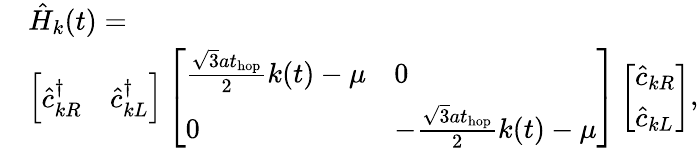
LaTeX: \begin{array}{rl}&{\hat{H}_{k}(t)=}\\ &{\left[\begin{array}{ll}{\hat{c}_{kR}^{\dagger}}&{\hat{c}_{kL}^{\dagger}}\end{array}\right]\left[\begin{array}{ll}{\frac{\sqrt{3}at_{\mathrm{hop}}}{2}k(t)-\mu}&{0}\\ {0}&{-\frac{\sqrt{3}at_{\mathrm{hop}}}{2}k(t)-\mu}\end{array}\right]\left[\begin{array}{l}{\hat{c}_{kR}}\\ {\hat{c}_{kL}}\end{array}\right],}\end{array}